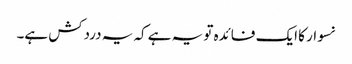
نسوار کا ایک فائدہ تو یہ ہے کہ یہ دردکش ہے۔